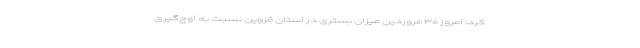
کرد: امروز ۳۰ فروردین میزان بستری در استان قزوین نسبت به اوج‌گیری